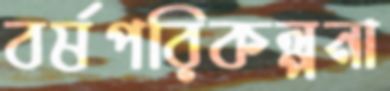
বর্ষপরিকল্পনা